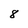
Character: 8